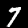
Digit: 7